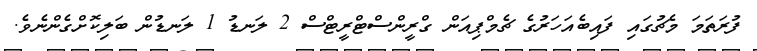
ފުރަތަމަ މެޗުގައި ފައިބެއަހަރުގެ ޗެމްޕިއަން ގްރީންސްޓްރީޓްސް 2 ލަނޑު 1 ލަނޑުން ބަލިކޮށްގެންނެވެ.